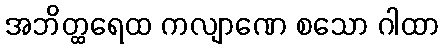
အဘိတ္ထရေထ ကလျာဏေ စသော ဂါထာ